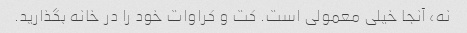
نه، آنجا خیلی معمولی است. کت و کراوات خود را در خانه بگذارید.